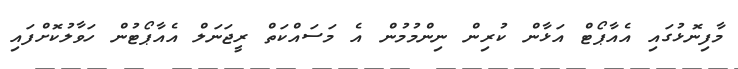
މާފިނޮޅުގައި އެއާޕޯޓް އަޅާން ކުރިން ނިންމުމުން އެ މަސައްކަތް ރީޖަނަލް އެއާޕޯޓުން ހަވާލުކޮށްފައި